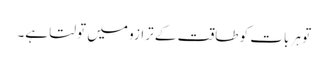
تو ہر بات کو طاقت کے ترازو میں تولتا ہے۔